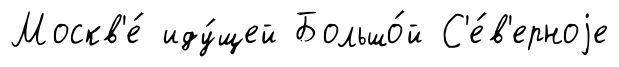
Москв'е́ иду́щей Большо́й С'е́в'ерноjе